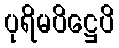
ပုရိမပိဋ္ဌေပိ